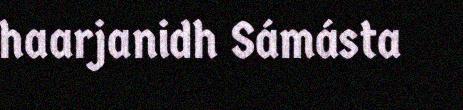
haarjanidh Sámásta